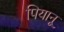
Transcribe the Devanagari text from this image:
पियानू